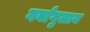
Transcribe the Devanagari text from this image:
गर्बांगुलाय